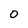
Character: O